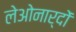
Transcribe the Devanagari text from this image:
लेओनार्दों